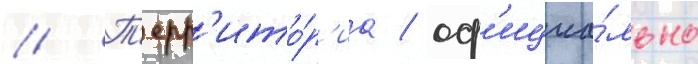
// Т'ерр'ито́р'иа / оф'ициа́льно